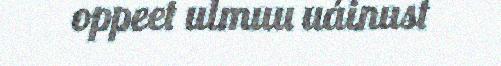
oppeet ulmuu uáinust